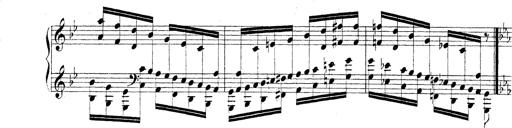
Title: Technische Studien
Composer: Franz Liszt